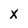
Character: X